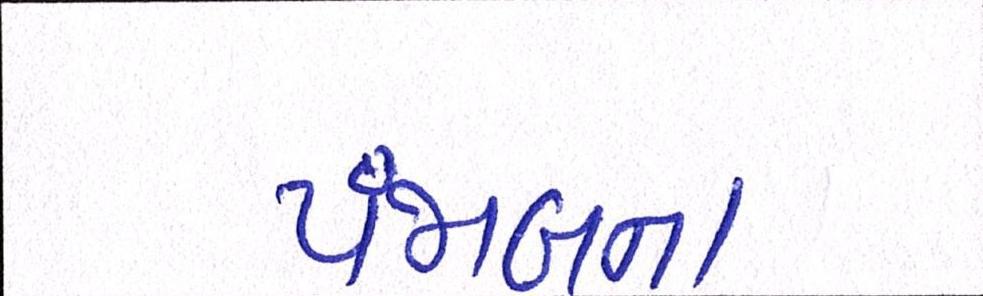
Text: પંજાબના